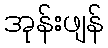
အုန်းဖျန်